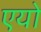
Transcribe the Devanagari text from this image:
एयो